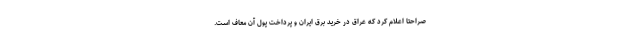
صراحتا اعلام کرد که عراق در خرید برق ایران و پرداخت پول آن معاف است.